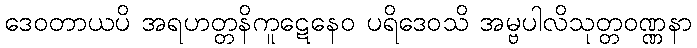
ဒေဝတာယပိ အရဟတ္တနိကူဋေနေဝ ပရိဒေဝသိ အမ္ဗပါလိသုတ္တဝဏ္ဏနာ